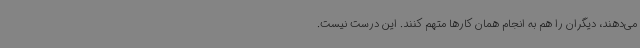
می‌دهند، دیگران را هم به انجام همان کارها متهم کنند. این درست نیست.